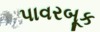
પાવરબૂક